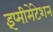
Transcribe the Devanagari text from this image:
इंप्मीमेंटेशन